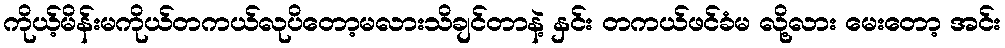
ကိုယ့်မိန်းမကိုယ်တကယ်လုပိတော့မလားသိချင်တာနဲ့ နှင်း တကယ်ဖင်ခံမ လို့လား မေးတော့ အင်း